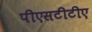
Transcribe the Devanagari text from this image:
पीएसटीटीए